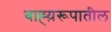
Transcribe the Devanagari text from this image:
बाह्य़रूपातील